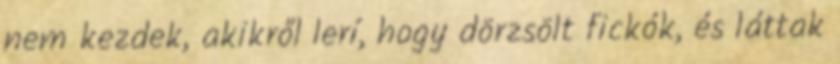
nem kezdek, akikről lerí, hogy dörzsölt fickók, és láttak